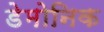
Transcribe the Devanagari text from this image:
डेमोनिक